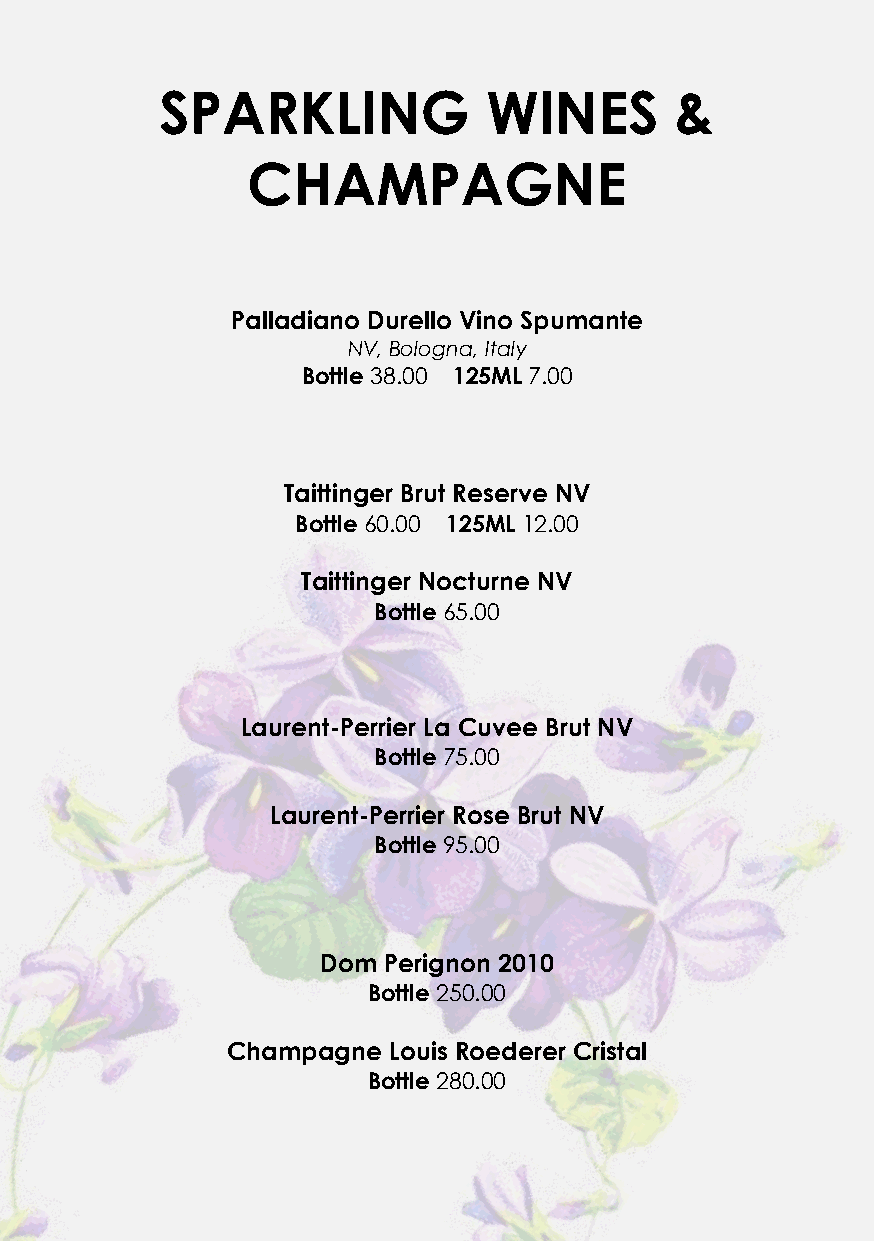
SPARKLING            WINES        &
 CHAMPAGNE
 Palladiano Durello Vino Spumante
 NV, Bologna, Italy
 Bottle 38.00 125ML 7.00
 Taittinger Brut Reserve NV
 Bottle 60.00 125ML 12.00
 Taittinger Nocturne NV
 Bottle 65.00
 Laurent-Perrier La Cuvee Brut NV
 Bottle 75.00
 Laurent-Perrier Rose Brut NV
 Bottle 95.00
 Dom Perignon 2010
 Bottle 250.00
 Champagne  Louis Roederer Cristal
 Bottle 280.00